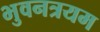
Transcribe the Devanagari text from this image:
भुवनत्रयम